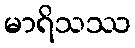
မာရိသဿ